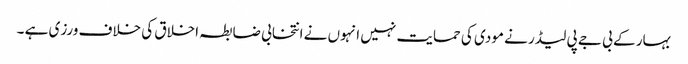
بہار کے بی جے پی لیڈر نے مودی کی حمایت نہیں انہوں نے انتخابی ضابطہ اخلاق کی خلاف ورزی ہے ۔